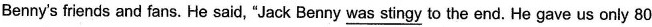
Benny's friends and fans. He said, "Jack Benny \underline{was stingy} to the end. He gave us only 80